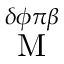
\stackrel { \delta \phi \pi \beta } { \mathrm { M } }